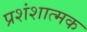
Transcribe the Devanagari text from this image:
प्रशंशात्मक